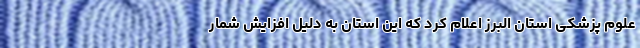
علوم پزشکی استان البرز اعلام کرد که این استان به دلیل افزایش شمار